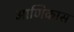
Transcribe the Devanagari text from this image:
आणिकास